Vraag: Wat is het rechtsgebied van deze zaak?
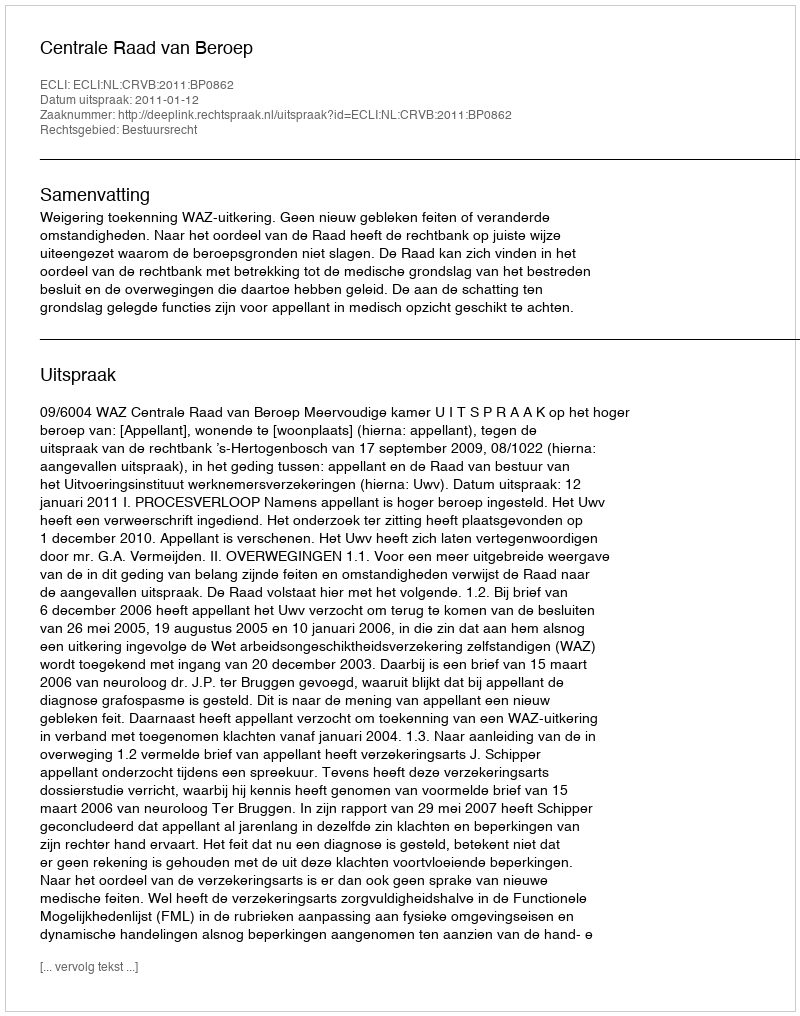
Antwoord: Bestuursrecht